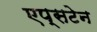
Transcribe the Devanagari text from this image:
एप्सटेन